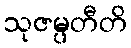
သုဇမ္ပတီတိ